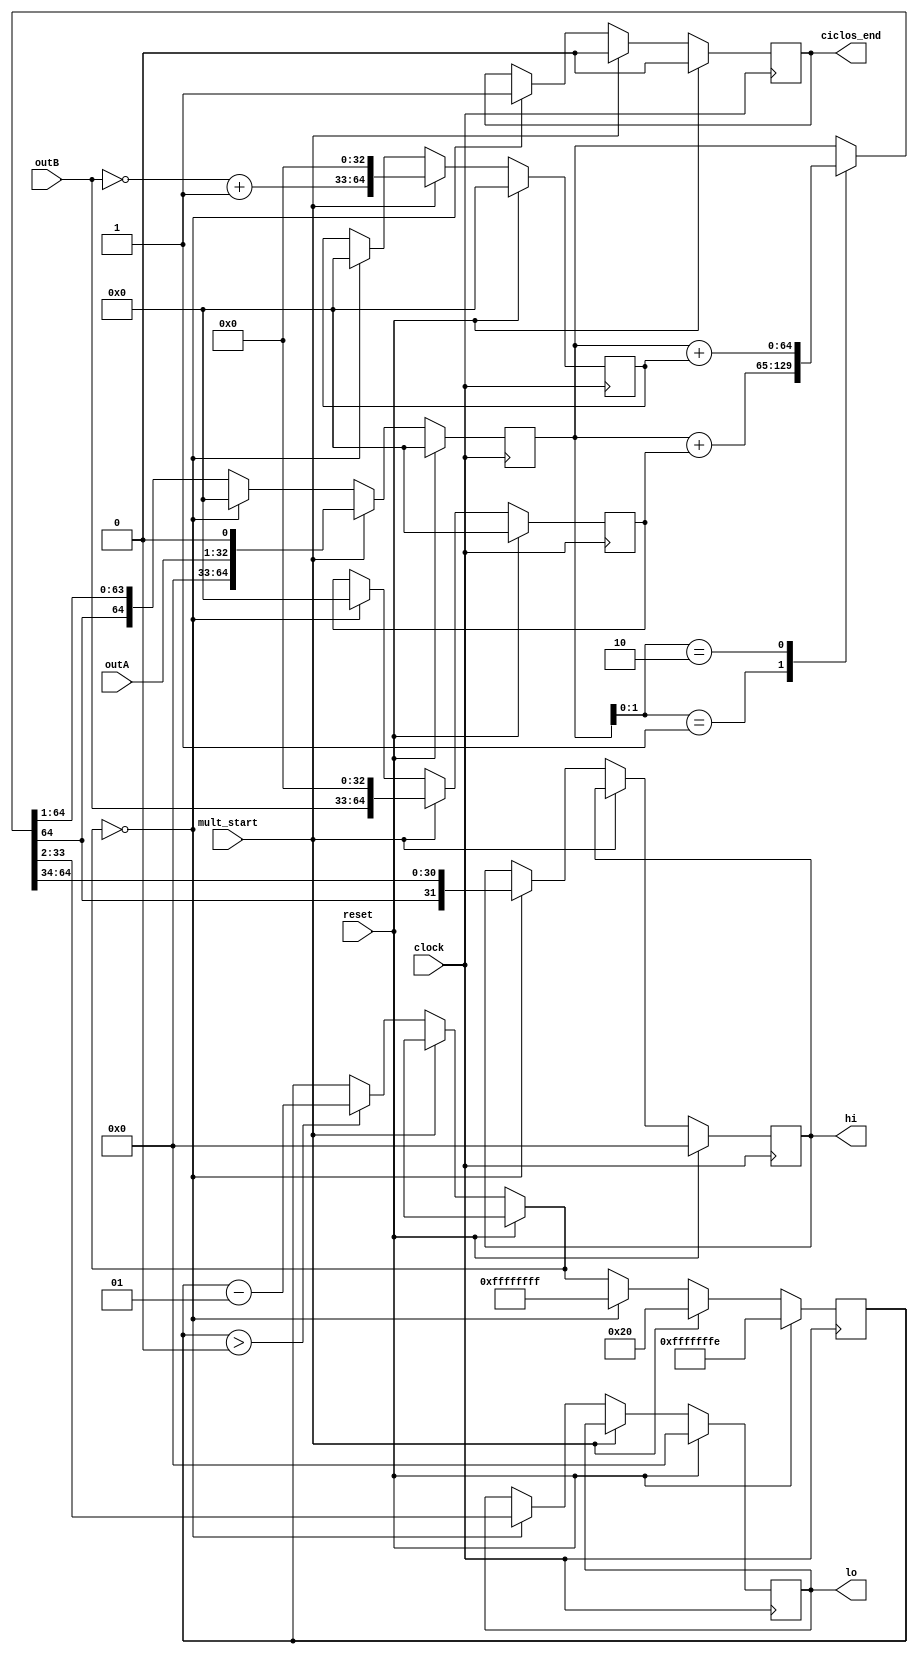
module multiplicador(
    input wire clock,
    input wire reset,
    input wire mult_start,
    input wire [31:0] outA,
    input wire [31:0] outB,
    output reg [31:0] hi,
    output reg [31:0] lo,
    output reg ciclos_end
);

  reg signed [31:0] comparador;
  reg signed [64:0] soma;
  reg signed [64:0] subtracao;

  integer cont = -2;
  reg signed [64:0] produto;

  always @(posedge clock) begin
      if(reset == 1'b1) begin
        subtracao = 65'd0;
        hi = 32'd0;
        lo = 32'd0;
        cont = -2;
        soma = 65'd0;
        ciclos_end = 1'b0;
        comparador = 32'd0;
        produto = 65'd0;
      end else begin

        if (mult_start == 1'b1) begin
         ciclos_end = 1'b0;
         soma = {outB, 33'd0};
         comparador = ~outB + 1'd1;
         cont = 32;
         subtracao = {comparador, 33'd0};
         produto = {32'd0, outA, 1'd0};
        end else begin
          case(produto[1:0])
              2'b01: begin
                produto = produto + soma;
              end
              2'b10: begin
                produto = produto + subtracao;
              end
          endcase

          produto = produto >>> 1;

          if (cont > 0) begin
            cont = cont -1;
          end

          if(cont == 0) begin
            hi = produto[64:33];
            lo = produto[32:1];
            ciclos_end = 1'b1;
            produto = 65'd0;
            comparador = 32'd0;
            subtracao = 65'd0;
            soma = 65'd0;
            cont = -1;
          end
        end
      end
  end

endmodule